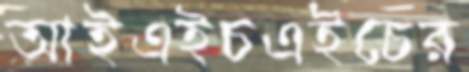
আইএইচএইচের